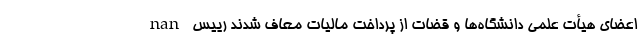
nan اعضای هیأت علمی دانشگاه‌ها و قضات از پرداخت مالیات معاف شدند رییس